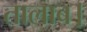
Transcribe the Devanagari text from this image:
तालाब।